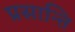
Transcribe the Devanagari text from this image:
प्रसान्ति